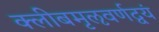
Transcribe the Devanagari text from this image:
क्लीबमृऌवर्णद्वयं